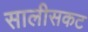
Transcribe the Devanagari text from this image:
सालीसकट